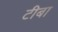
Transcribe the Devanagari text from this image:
टीबा